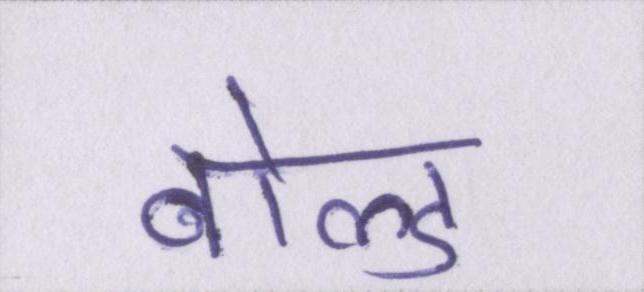
बोल्ड